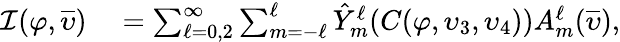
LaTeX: \begin{array}{rl}{\mathcal{I}(\varphi,\overline{{\upsilon}})}&{{}=\sum_{\ell=0,2}^{\infty}\sum_{m=-\ell}^{\ell}\hat{Y}_{m}^{\ell}(C(\varphi,\upsilon_{3},\upsilon_{4}))A_{m}^{\ell}(\overline{{\upsilon}}),}\end{array}